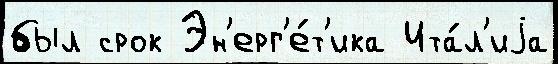
был срок Эн'ерг'е́т'ика Ита́л'иjа